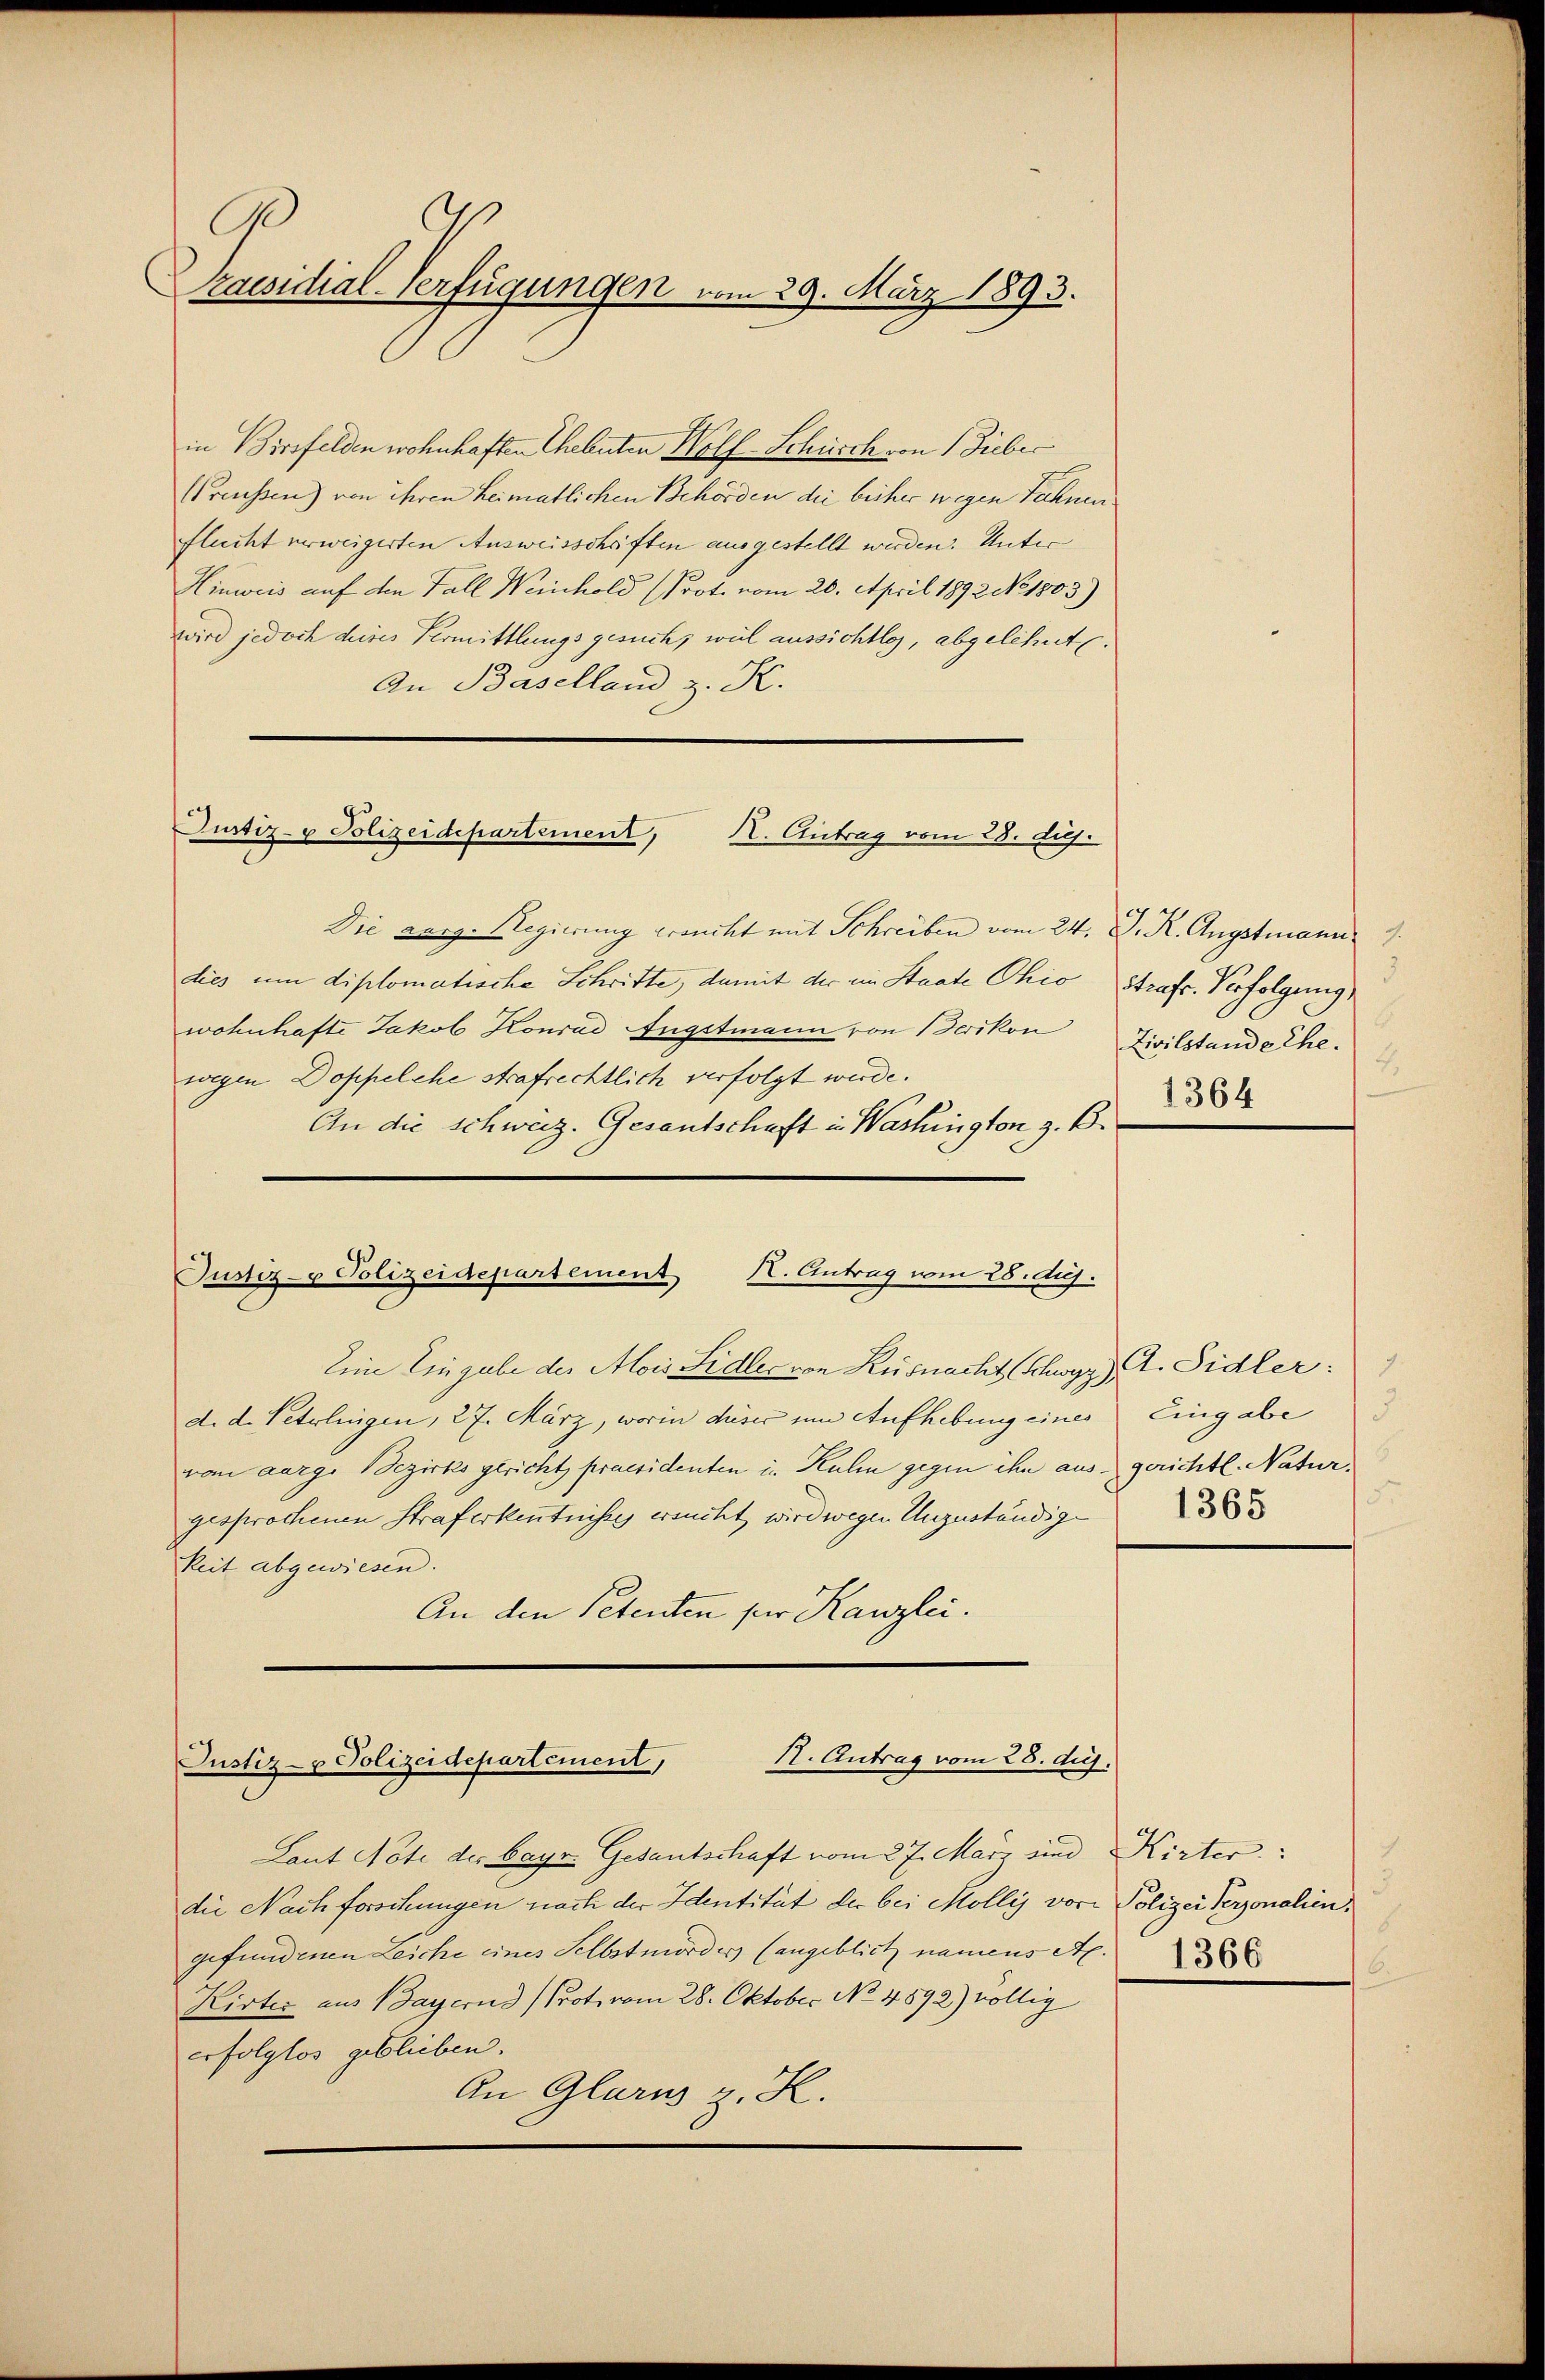
C
zaesidial-Verfügungen vom 29. März 1893.

in Birsfelden wohnhaften Eheleuten Wolf Schürch von Fieber
(Pressen) von ihren heimatlichen Behörden die bisher wegen Sahnen
flucht verweigerten Ausweisschriften ausgestellt werden. Unter
Hinweis auf den Fall Weinhold (Prot. vom 20. April 1892 No 1803)
wird jedoch deines Vermittlungsgesuch, weil aussichtlos, abgelehnt.
An Baselland, z. K.
Justiz- & Polizeidepartement,
X. Antrag vom 28. huj.

Justiz- & Polizeidepartement H. Antrag vom 28. Auj.

Die aarg. Regierung krancht mit Schreiben vom 24. J. R. Augstmann 1
dies um diplomatische Schritte, damit der im Staate Ohio strafe. Verfolgung
wohnhafte Jakob Konrad Engstmann von Berikon Zivilstande Ehe.
wegen Doppelche strafrechtlich verfolgt werde.
An die schweiz. Gesantschaft in Washington z. B.
Eine Eingabe der Alois Sidler von Küsnacht Schwyz, A. Sidler:
d. d. Petrlingen, 27. März, worin diser um Aufhebung eines Eingabe
vom aarge Bezirks gericht praesidenten in Kuhn gegen ihn aus gerichtl. Naturgesprochenen Straferkenntnisses ersucht wird wegen Unzuständigkeit abgewiesen.
An den Petenten für Kanzlei.

H. Antrag vom 28. duj.
Justiz- u Polizeidepartement,

Laut Note des bayr. Gesantschaft vom 27. März und Kirter
die Nachforschungen nach der Identität der bei Mollis vor
gefundenen Leiche eines Selbstmordes (angeblich namens Al.
Kirter aus Bayernd (Prot. vom 28. Oktober No. 4892) völlig
erfolglos geblieben.
An Glarus z. K.

3.
4
1364

5
1365

Polizei Personalien.
1366
6.